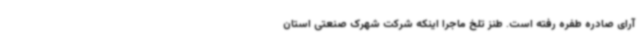
آرای صادره طفره رفته است. طنز تلخ ماجرا اینکه شرکت شهرک صنعتی استان